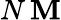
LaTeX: N\, \mathbf{M}